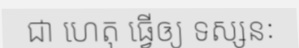
ជា ហេតុ ធ្វើឲ្យ ទស្សនៈ